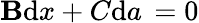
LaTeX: \mathbf{B}{\mathrm{{d}}}x+C{\mathrm{{d}}}a\, =0